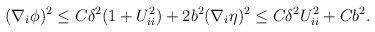
\begin{align*}\begin{aligned}(\nabla_{i} \phi)^2 \leq C \delta^2 (1 + U_{ii}^2) + 2 b^2 (\nabla_{i} \eta)^2 \leq C \delta^2 U_{ii}^2 + C b^2.\end{aligned}\end{align*}